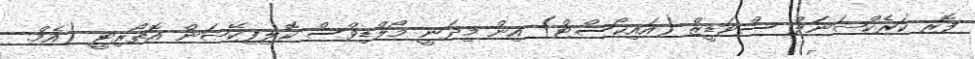
ފޮރ ކަރެކްޝަނަލް ސްޓަޑީޒް (އައިކޯސްޓް) އިން މިދަނީ މޯލްޑިވްސް ކޮލިފިކޭޝަން އޮތޯރިޓީ (އެމް.